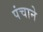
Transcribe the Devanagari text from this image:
पंचाने